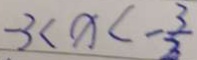
- 3 < x < - \frac { 3 } { 2 }